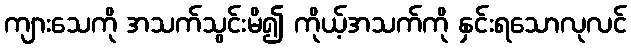
ကျားသေကို အသက်သွင်းမိ၍ ကိုယ့်အသက်ကို နှင်းရသောလုလင်